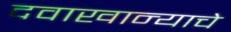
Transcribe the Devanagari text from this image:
दवाखान्याचे